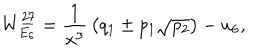
LaTeX: W _ { E _ { 6 } } ^ { \underline { { { 2 7 } } } } = { \frac { 1 } { x ^ { 3 } } } \left( q _ { 1 } \pm p _ { 1 } \sqrt { p _ { 2 } } \right) - u _ { 6 } ,